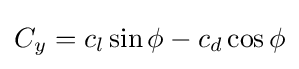
C_{y}=c_{l}\sin \phi -c_{d}\cos \phi